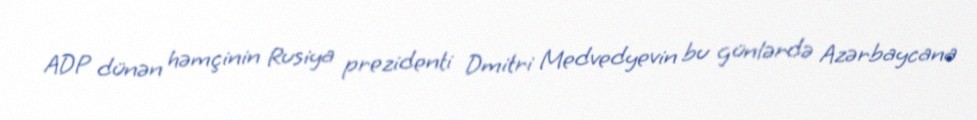
ADP dünən həmçinin Rusiya prezidenti Dmitri Medvedyevin bu günlərdə Azərbaycana